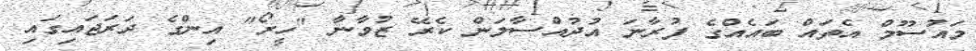
މައުސޫމް އެތައް ބައެއްގެ ފުރާނަ އުދުއްސާލަން ކެރޭ ޒުވާނާ "ހީރޯ" އިންގެ ދަރަޖައިގައި